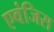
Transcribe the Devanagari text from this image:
एवंजिस